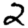
Digit: 2